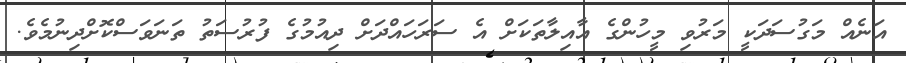
އަނެއް މަގުސަދަކީ މަރުވި މީހުންގެ އާއިލާތަކަށް އެ ސަރަހައްދަށް ދިއުމުގެ ފުރުސަތު ތަނަވަސްކޮށްދިނުމެވެ.